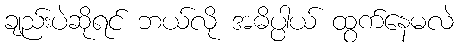
ချည်းပဲဆိုရင် ဘယ်လို အဓိပ္ပါယ် ထွက်နေမလဲ